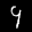
Label: 9